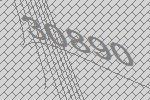
30890